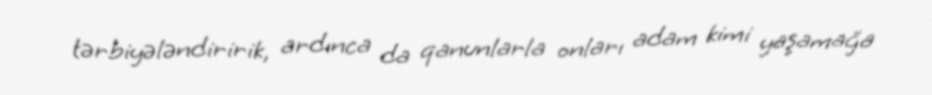
tərbiyələndiririk, ardınca da qanunlarla onları adam kimi yaşamağa